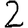
Digit: 2